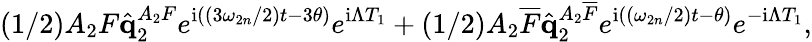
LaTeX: \left(1/2\right)A_{2}F\hat{\mathbf{q}}_{2}^{A_{2}F}e^{\mathrm{i}\left(\left(3\omega_{2n}/2\right)t-3\theta\right)}e^{\mathrm{i}\Lambda T_{1}}+\left(1/2\right)A_{2}\overline{{F}}\hat{\mathbf{q}}_{2}^{A_{2}\overline{{F}}}e^{\mathrm{i}\left(\left(\omega_{2n}/2\right)t-\theta\right)}e^{-\mathrm{i}\Lambda T_{1}},